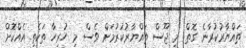
ތައްޔާރުކުރާނެ ގޮތް: މި ޖޫސް ތައްޔާރުކުރުމަށް ވެސް މި ހުރިހާ ތަކެތި އެއްކޮށް